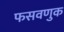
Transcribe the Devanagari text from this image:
फसवणुक